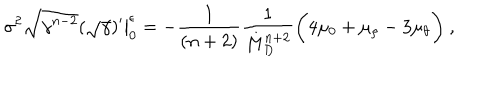
LaTeX: \sigma ^ { 2 } \sqrt { \gamma ^ { n - 2 } } ( \sqrt { \gamma } ) ^ { \prime } \big | _ { 0 } ^ { \epsilon } = - \frac { 1 } { ( n + 2 ) } \frac { 1 } { M _ { D } ^ { n + 2 } } \bigg ( 4 \mu _ { 0 } + \mu _ { \rho } - 3 \mu _ { \theta } \bigg ) ~ ,